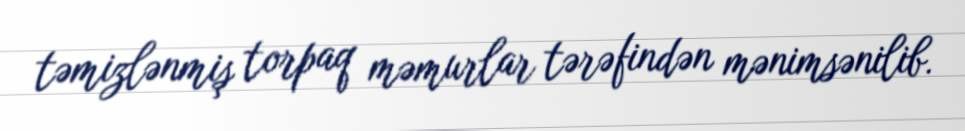
təmizlənmiş torpaq məmurlar tərəfindən mənimsənilib.